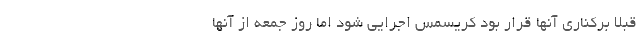
قبلا برکناری آنها قرار بود کریسمس اجرایی شود اما روز جمعه از آنها